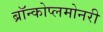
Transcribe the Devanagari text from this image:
ब्रॉन्कोप्लमोनरी